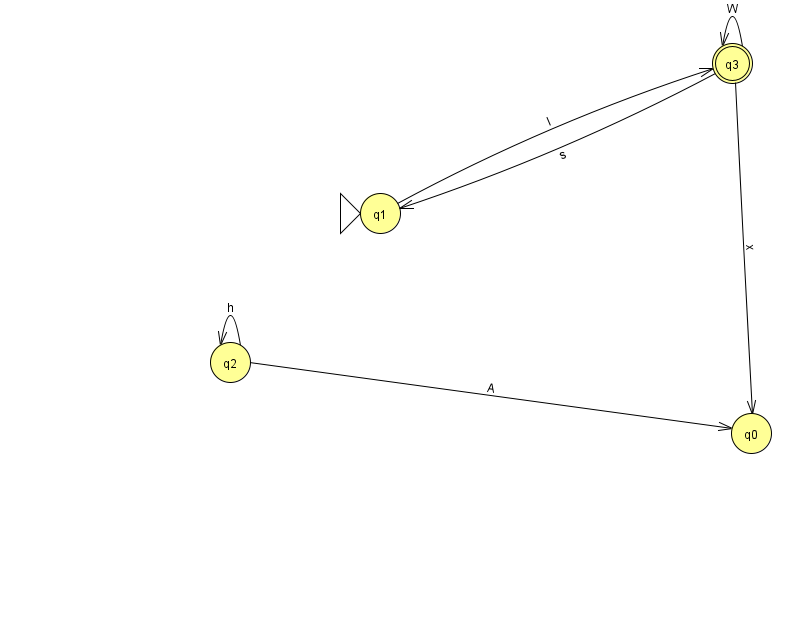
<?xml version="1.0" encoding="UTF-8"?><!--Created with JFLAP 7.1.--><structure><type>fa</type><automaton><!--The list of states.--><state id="0" name="q0"><x>751.0</x><y>420.0</y></state><state id="1" name="q1"><x>380.0</x><y>200.0</y><initial/></state><state id="2" name="q2"><x>230.0</x><y>349.0</y></state><state id="3" name="q3"><x>732.0</x><y>50.0</y><final/></state><!--The list of transitions.--><transition><from>3</from><to>0</to><read>x</read></transition><transition><from>1</from><to>3</to><read>l</read></transition><transition><from>3</from><to>3</to><read>W</read></transition><transition><from>2</from><to>2</to><read>h</read></transition><transition><from>3</from><to>1</to><read>s</read></transition><transition><from>2</from><to>0</to><read>A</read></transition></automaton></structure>